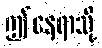
ဤနေရာသို့